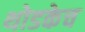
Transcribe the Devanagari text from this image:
थोडकेच